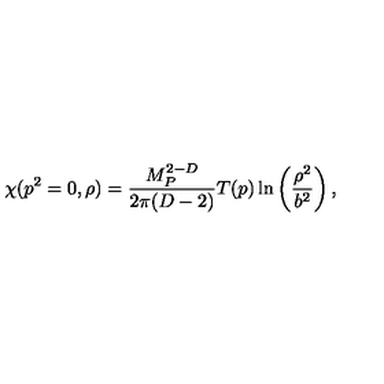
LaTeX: \chi ( p ^ { 2 } = 0 , \rho ) = { \frac { M _ { P } ^ { 2 - D } } { 2 \pi ( D - 2 ) } } T ( p ) \ln \left( { \frac { \rho ^ { 2 } } { b ^ { 2 } } } \right) ,